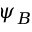
\psi _ { B }